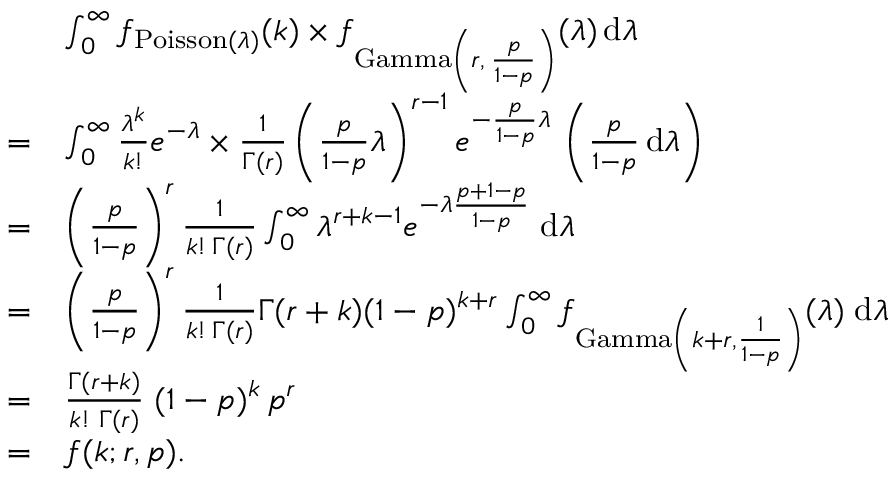
{ \begin{array} { r l } & { \int _ { 0 } ^ { \infty } f _ { \operatorname { P o i s s o n } ( \lambda ) } ( k ) \times f _ { \operatorname { G a m m a } \left( r , \, { \frac { p } { 1 - p } } \right) } ( \lambda ) \, \mathrm { d } \lambda } \\ { = } & { \int _ { 0 } ^ { \infty } { \frac { \lambda ^ { k } } { k ! } } e ^ { - \lambda } \times { \frac { 1 } { \Gamma ( r ) } } \left( { \frac { p } { 1 - p } } \lambda \right) ^ { r - 1 } e ^ { - { \frac { p } { 1 - p } } \lambda } \, \left( { \frac { p } { 1 - p } } \, \mathrm { d } \lambda \right) } \\ { = } & { \left( { \frac { p } { 1 - p } } \right) ^ { r } { \frac { 1 } { k ! \, \Gamma ( r ) } } \int _ { 0 } ^ { \infty } \lambda ^ { r + k - 1 } e ^ { - \lambda { \frac { p + 1 - p } { 1 - p } } } \; \mathrm { d } \lambda } \\ { = } & { \left( { \frac { p } { 1 - p } } \right) ^ { r } { \frac { 1 } { k ! \, \Gamma ( r ) } } \Gamma ( r + k ) ( 1 - p ) ^ { k + r } \int _ { 0 } ^ { \infty } f _ { \operatorname { G a m m a } \left( k + r , { \frac { 1 } { 1 - p } } \right) } ( \lambda ) \; \mathrm { d } \lambda } \\ { = } & { { \frac { \Gamma ( r + k ) } { k ! \; \Gamma ( r ) } } \; ( 1 - p ) ^ { k } \, p ^ { r } } \\ { = } & { f ( k ; r , p ) . } \end{array} }